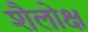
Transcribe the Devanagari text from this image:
शैलोक्ष